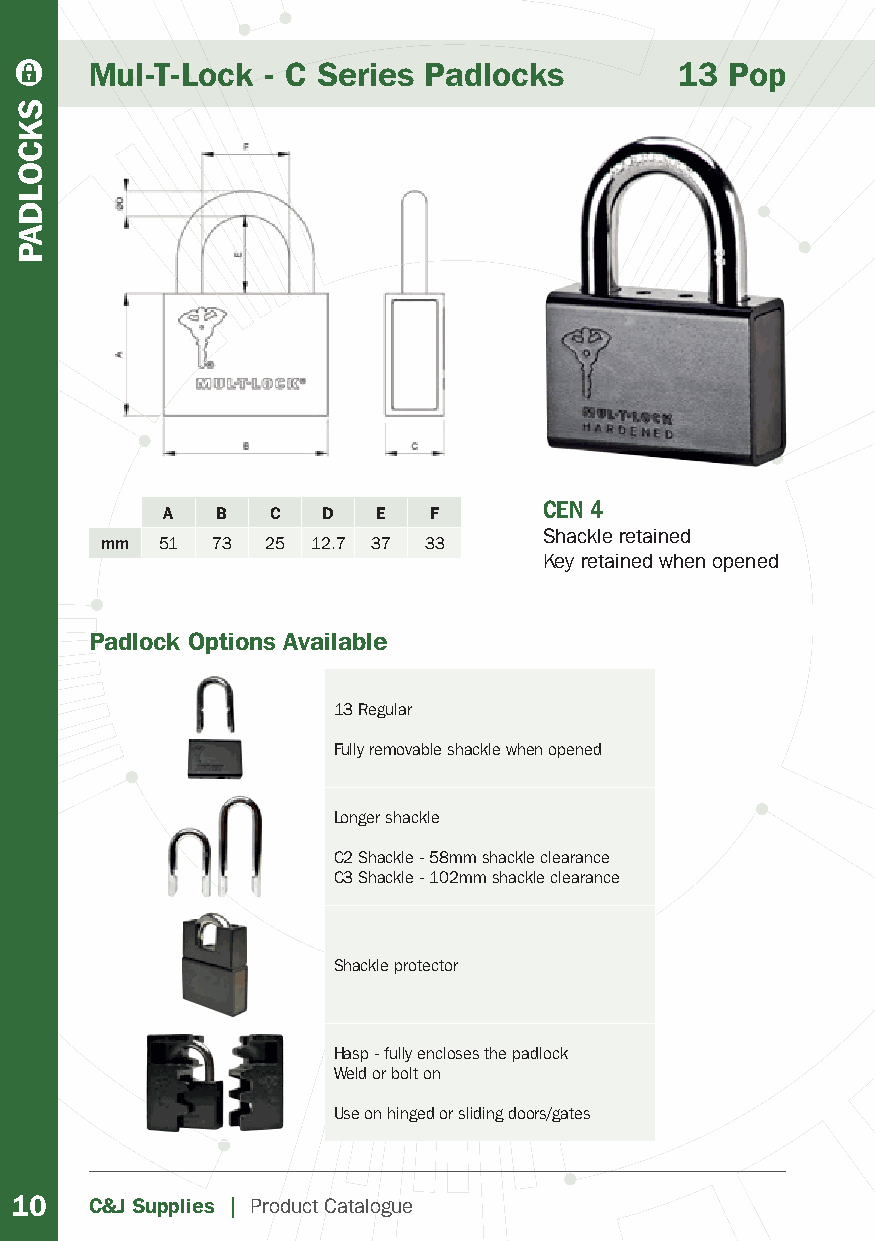
Mul-T-Lock - C Series Padlocks         13 Pop
 CEN 4
 A  B   C  D   E  F
 Shackle retained
 mm 51  73  25 12.7 37 33
 Key retained when opened
 Padlock Options Available
 13 Regular
 Fully removable shackle when opened
 Longer shackle
 C2 Shackle - 58mm shackle clearance
 C3 Shackle - 102mm shackle clearance
 Shackle protector
 Hasp - fully encloses the padlock
 Weld or bolt on
 Use on hinged or sliding doors/gates
 10   C&J Supplies | Product Catalogue
 SKCOLDAP